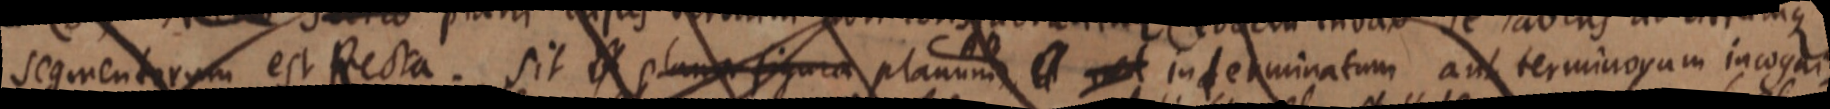
segmentorum est Recta. Sit _ plana figura planum _ interminatum aut terminorum incogni